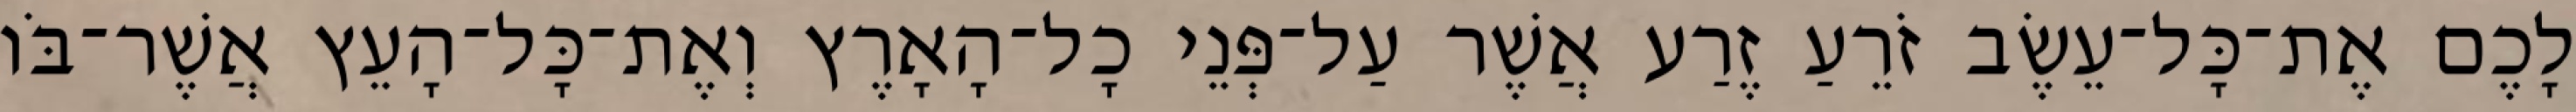
לָכֶם אֶת־כָּל־עֵשֶׂב זֹרֵעַ זֶרַע אֲשֶׁר עַל־פְּנֵי כָל־הָאָרֶץ וְאֶת־כָּל־הָעֵץ אֲשֶׁר־בֹּו